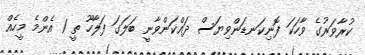
ކުރާވަރުގެ ވާހަކަ ފޮނިކަނޑަންވިޔަސް ދައްކަންވާނީ ބަލަގަ ފަލާހޫ ތީ 1 އެންމެ މީހެއް